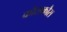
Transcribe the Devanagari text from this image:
कौसकौस